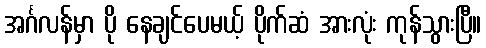
အင်္ဂလန်မှာ ပို နေချင်ပေမယ့် ပိုက်ဆံ အားလုံး ကုန်သွားပြီ။